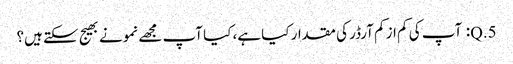
5.Q: آپ کی کم از کم آرڈر کی مقدار کیا ہے، کیا آپ مجھے نمونے بھیج سکتے ہیں؟